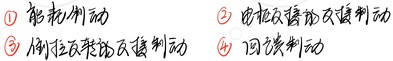
\textcircled{1} 能耗制动
\textcircled{2} 电枢反接的反接制动
\textcircled{3} 倒拉反转的反接制动
\textcircled{4} 回馈制动